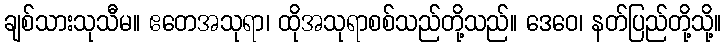
ချစ်သားသုသီမ။ ဧတေအသုရာ၊ ထိုအသုရာစစ်သည်တို့သည်။ ဒေဝေ၊ နတ်ပြည်တို့သို့။